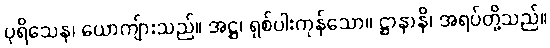
ပုရိသေန၊ ယောကျ်ားသည်။ အဋ္ဌ၊ ရှစ်ပါးကုန်သော။ ဋ္ဌာနာနိ၊ အရပ်တို့သည်။